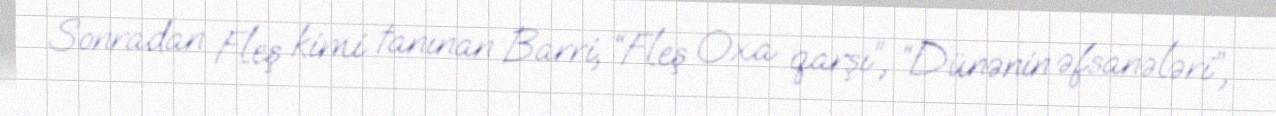
Sonradan Fleş kimi tanınan Barri, “Fleş Oxa qarşı”, “Dünənin əfsanələri”,